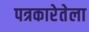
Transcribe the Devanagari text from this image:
पत्रकारेतेला